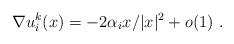
LaTeX: \begin{align*}\nabla u^k_i(x)=-2\alpha_ix/|x|^2+o(1) \ .\end{align*}